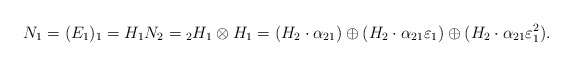
\begin{align*}N_1 = (E_1)_1 = H_1 N_2 = {_2H_1}\otimes H_1 = (H_2 \cdot \alpha_{21})\oplus (H_2 \cdot \alpha_{21} \varepsilon_1) \oplus (H_2\cdot \alpha_{21} \varepsilon_1^2).\end{align*}